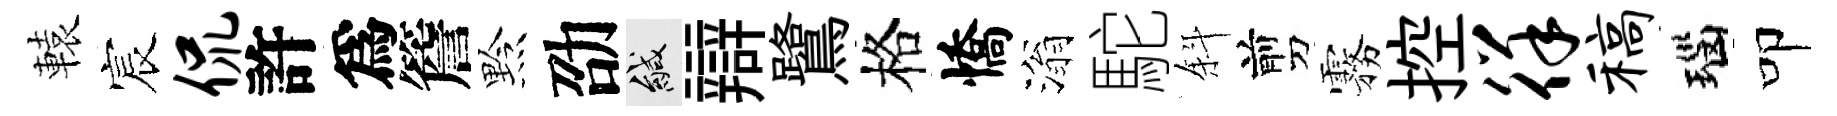
轅宸侃許爲簷黔劭緘辯鷺格憍滃駝斜剪霧控徉稿瑙叩